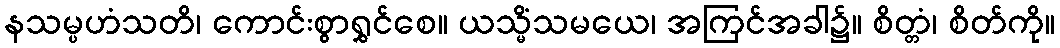
နသမ္ပဟံသတိ၊ ကောင်းစွာရွှင်စေ။ ယသ္မိံသမယေ၊ အကြင်အခါ၌။ စိတ္တံ၊ စိတ်ကို။